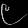
Digit: ၉